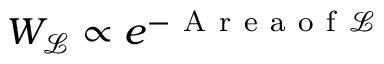
W _ { \mathcal { L } } \propto e ^ { - \mathrm { ~ A ~ r ~ e ~ a ~ o ~ f ~ } \mathcal { L } }